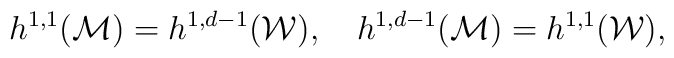
h^{1,1}({\cal M})=h^{1,d-1}({\cal W}), \quad h^{1,d-1}({\cal M})=h^{1,1}({\cal W}),